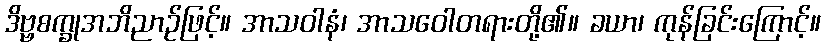
ဒိဗ္ဗစက္ခုအဘိညာဉ်ဖြင့်။ အာသဝါနံ၊ အာသဝေါတရားတို့၏။ ခယာ၊ ကုန်ခြင်းကြောင့်။